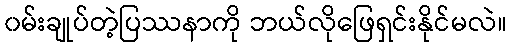
၀မ်းချုပ်တဲ့ပြဿနာကို ဘယ်လိုဖြေရှင်းနိုင်မလဲ။